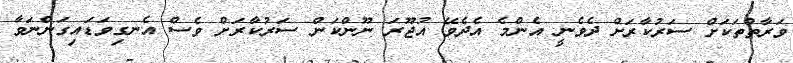
ވަރާތްތަކަށް ސަރުކާރަށް ދެވެނީ އެންމެ އެދެވޭ އުޖޫރަ ނޫންކަން ސަރުކާރަށް ވެސް އެނގިވަޑައިގަންނަވާ